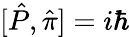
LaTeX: [\hat{P},\hat{\pi}]=i\hbar